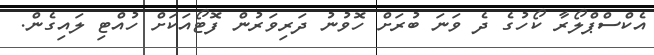
އެކްސްޕްލޯރާ ކޯހުގެ ދެ ވަނަ ބުރަށް ހޮވުނު ދަރިވަރުން ފޮޓޯއަކަަށް ހުއްޓި ލައިގެން.